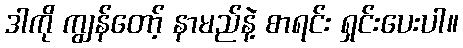
ဒါကို ကျွန်တော့် နာမည်နဲ့ စာရင်း ရှင်းပေးပါ။